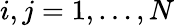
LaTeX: i,j=1,\dots,N